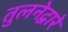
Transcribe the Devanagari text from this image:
तुलनेद्वारे